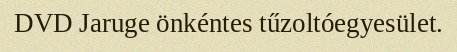
DVD Jaruge önkéntes tűzoltóegyesület.